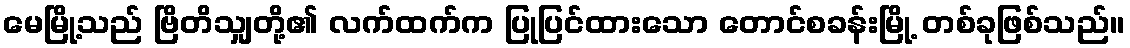
မေမြို့သည် ဗြိတိသျှတို့၏ လက်ထက်က ပြုပြင်ထားသော တောင်စခန်းမြို့ တစ်ခုဖြစ်သည်။